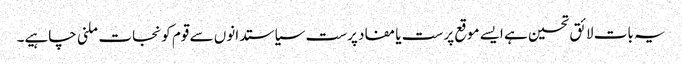
یہ بات لائق تحسین ہے ایسے موقع پرست یا مفاد پرست سیاستدانوں سے قوم کو نجات ملنی چاہیے۔